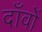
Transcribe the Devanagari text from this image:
दाँवों